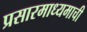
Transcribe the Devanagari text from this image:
प्रसारमाध्यमाची